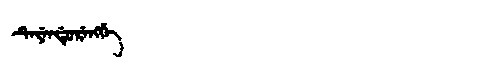
Manchu: ᡨᡝᠶᡝᠨᡩᡠᡵᡝᠩᡤᡝ
Romanization: TEYENDURENGGE